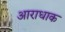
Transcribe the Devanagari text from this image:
आराधाक